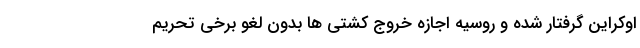
اوکراین گرفتار شده و روسیه اجازه خروج کشتی ها بدون لغو برخی تحریم